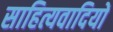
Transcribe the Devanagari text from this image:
साहित्यवादियों